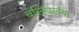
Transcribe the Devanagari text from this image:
बंलिवलंया